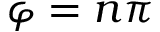
\varphi = n \pi